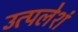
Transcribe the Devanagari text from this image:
उत्पलेशं